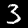
Digit: 3